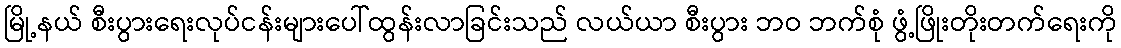
မြို့နယ် စီးပွားရေးလုပ်ငန်းများပေါ်ထွန်းလာခြင်းသည် လယ်ယာ စီးပွား ဘဝ ဘက်စုံ ဖွံ့ဖြိုးတိုးတက်ရေးကို